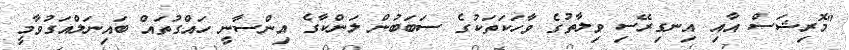
"މޮރިޝަސް އާއި އިނގިރޭސި ވިލާތުގެ ވާހަކަތަކުގެ ސަބަބުން ލަންކާގެ އިންސާނީ ހައްގުތައް ބައިނަލްއަގުވާމީ